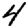
Digit: 4